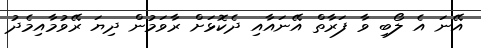
އޭނަ އެ ލޯބި ވާ ފަރާތް އޭނައާއި ދެކޮޅަށް ރާވަމުން ދިޔަ ރޭވުމާއިމެދު